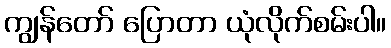
ကျွန်တော် ပြောတာ ယုံလိုက်စမ်းပါ။